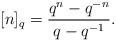
LaTeX: \begin{align*}[n]_q = \frac{q^n - q^{-n}}{q-q^{-1}}.\end{align*}